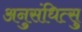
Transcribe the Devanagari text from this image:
अनुसंधित्सु